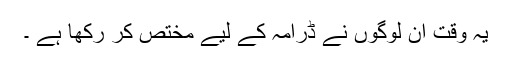
یہ وقت ان لوگوں نے ڈرامہ کے لیے مختص کر رکھا ہے ۔